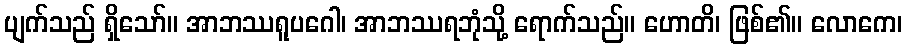
ပျက်သည် ရှိသော်။ အာဘဿရူပဂေါ၊ အာဘဿရဘုံသို့ ရောက်သည်။ ဟောတိ၊ ဖြစ်၏။ လောကေ၊